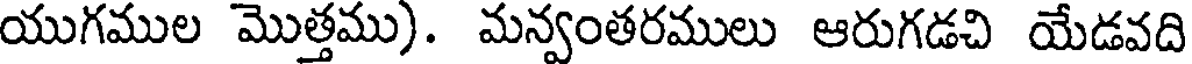
యుగముల మొత్తము). మన్వంతరములు ఆరుగడచి యేడవది